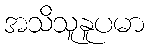
အသိသူနူပမာ